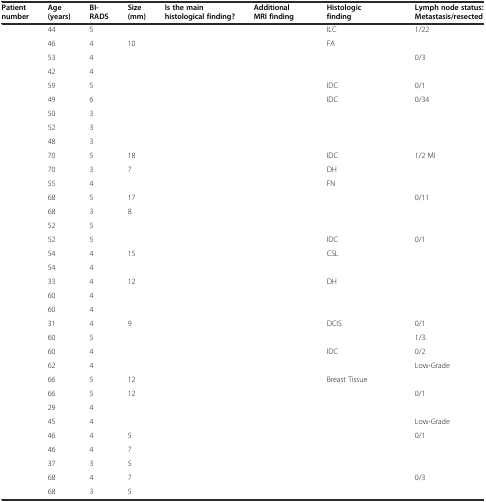
<table><thead><tr><td><b>Patient number</b></td><td><b>Age (years)</b></td><td><b>BI-RADS</b></td><td><b>Size (mm)</b></td><td><b>Is the main histological finding?</b></td><td><b>Additional MRI finding</b></td><td><b>Histologic finding</b></td><td><b>Lymph node status: Metastasis/resected</b></td></tr></thead><tbody><tr><td>[EMPTY_CELL]</td><td>44</td><td>5</td><td>[EMPTY_CELL]</td><td>[EMPTY_CELL]</td><td>[EMPTY_CELL]</td><td>ILC</td><td>1/22</td></tr><tr><td>[EMPTY_CELL]</td><td>46</td><td>4</td><td>10</td><td>[EMPTY_CELL]</td><td>[EMPTY_CELL]</td><td>FA</td><td>[EMPTY_CELL]</td></tr><tr><td>[EMPTY_CELL]</td><td>53</td><td>4</td><td>[EMPTY_CELL]</td><td>[EMPTY_CELL]</td><td>[EMPTY_CELL]</td><td>[EMPTY_CELL]</td><td>0/3</td></tr><tr><td>[EMPTY_CELL]</td><td>42</td><td>4</td><td>[EMPTY_CELL]</td><td>[EMPTY_CELL]</td><td>[EMPTY_CELL]</td><td>[EMPTY_CELL]</td><td>[EMPTY_CELL]</td></tr><tr><td>[EMPTY_CELL]</td><td>59</td><td>5</td><td>[EMPTY_CELL]</td><td>[EMPTY_CELL]</td><td>[EMPTY_CELL]</td><td>IDC</td><td>0/1</td></tr><tr><td>[EMPTY_CELL]</td><td>49</td><td>6</td><td>[EMPTY_CELL]</td><td>[EMPTY_CELL]</td><td>[EMPTY_CELL]</td><td>IDC</td><td>0/34</td></tr><tr><td>[EMPTY_CELL]</td><td>50</td><td>3</td><td>[EMPTY_CELL]</td><td>[EMPTY_CELL]</td><td>[EMPTY_CELL]</td><td>[EMPTY_CELL]</td><td>[EMPTY_CELL]</td></tr><tr><td>[EMPTY_CELL]</td><td>52</td><td>3</td><td>[EMPTY_CELL]</td><td>[EMPTY_CELL]</td><td>[EMPTY_CELL]</td><td>[EMPTY_CELL]</td><td>[EMPTY_CELL]</td></tr><tr><td>[EMPTY_CELL]</td><td>48</td><td>3</td><td>[EMPTY_CELL]</td><td>[EMPTY_CELL]</td><td>[EMPTY_CELL]</td><td>[EMPTY_CELL]</td><td>[EMPTY_CELL]</td></tr><tr><td>[EMPTY_CELL]</td><td>70</td><td>5</td><td>18</td><td>[EMPTY_CELL]</td><td>[EMPTY_CELL]</td><td>IDC</td><td>1/2 MI</td></tr><tr><td>[EMPTY_CELL]</td><td>70</td><td>3</td><td>7</td><td>[EMPTY_CELL]</td><td>[EMPTY_CELL]</td><td>DH</td><td>[EMPTY_CELL]</td></tr><tr><td>[EMPTY_CELL]</td><td>55</td><td>4</td><td>[EMPTY_CELL]</td><td>[EMPTY_CELL]</td><td>[EMPTY_CELL]</td><td>FN</td><td>[EMPTY_CELL]</td></tr><tr><td>[EMPTY_CELL]</td><td>68</td><td>5</td><td>17</td><td>[EMPTY_CELL]</td><td>[EMPTY_CELL]</td><td>[EMPTY_CELL]</td><td>0/11</td></tr><tr><td>[EMPTY_CELL]</td><td>68</td><td>3</td><td>8</td><td>[EMPTY_CELL]</td><td>[EMPTY_CELL]</td><td>[EMPTY_CELL]</td><td>[EMPTY_CELL]</td></tr><tr><td>[EMPTY_CELL]</td><td>52</td><td>5</td><td>[EMPTY_CELL]</td><td>[EMPTY_CELL]</td><td>[EMPTY_CELL]</td><td>[EMPTY_CELL]</td><td>[EMPTY_CELL]</td></tr><tr><td>[EMPTY_CELL]</td><td>52</td><td>5</td><td>[EMPTY_CELL]</td><td>[EMPTY_CELL]</td><td>[EMPTY_CELL]</td><td>IDC</td><td>0/1</td></tr><tr><td>[EMPTY_CELL]</td><td>54</td><td>4</td><td>15</td><td>[EMPTY_CELL]</td><td>[EMPTY_CELL]</td><td>CSL</td><td>[EMPTY_CELL]</td></tr><tr><td>[EMPTY_CELL]</td><td>54</td><td>4</td><td>[EMPTY_CELL]</td><td>[EMPTY_CELL]</td><td>[EMPTY_CELL]</td><td>[EMPTY_CELL]</td><td>[EMPTY_CELL]</td></tr><tr><td>[EMPTY_CELL]</td><td>33</td><td>4</td><td>12</td><td>[EMPTY_CELL]</td><td>[EMPTY_CELL]</td><td>DH</td><td>[EMPTY_CELL]</td></tr><tr><td>[EMPTY_CELL]</td><td>60</td><td>4</td><td>[EMPTY_CELL]</td><td>[EMPTY_CELL]</td><td>[EMPTY_CELL]</td><td>[EMPTY_CELL]</td><td>[EMPTY_CELL]</td></tr><tr><td>[EMPTY_CELL]</td><td>60</td><td>4</td><td>[EMPTY_CELL]</td><td>[EMPTY_CELL]</td><td>[EMPTY_CELL]</td><td>[EMPTY_CELL]</td><td>[EMPTY_CELL]</td></tr><tr><td>[EMPTY_CELL]</td><td>31</td><td>4</td><td>9</td><td>[EMPTY_CELL]</td><td>[EMPTY_CELL]</td><td>DCIS</td><td>0/1</td></tr><tr><td>[EMPTY_CELL]</td><td>60</td><td>5</td><td>[EMPTY_CELL]</td><td>[EMPTY_CELL]</td><td>[EMPTY_CELL]</td><td>[EMPTY_CELL]</td><td>1/3.</td></tr><tr><td>[EMPTY_CELL]</td><td>60</td><td>4</td><td>[EMPTY_CELL]</td><td>[EMPTY_CELL]</td><td>[EMPTY_CELL]</td><td>IDC</td><td>0/2</td></tr><tr><td>[EMPTY_CELL]</td><td>62</td><td>4</td><td>[EMPTY_CELL]</td><td>[EMPTY_CELL]</td><td>[EMPTY_CELL]</td><td>[EMPTY_CELL]</td><td>Low-Grade</td></tr><tr><td>[EMPTY_CELL]</td><td>66</td><td>5</td><td>12</td><td>[EMPTY_CELL]</td><td>[EMPTY_CELL]</td><td>Breast Tissue</td><td>[EMPTY_CELL]</td></tr><tr><td>[EMPTY_CELL]</td><td>66</td><td>5</td><td>12</td><td>[EMPTY_CELL]</td><td>[EMPTY_CELL]</td><td>[EMPTY_CELL]</td><td>0/1</td></tr><tr><td>[EMPTY_CELL]</td><td>29</td><td>4</td><td>[EMPTY_CELL]</td><td>[EMPTY_CELL]</td><td>[EMPTY_CELL]</td><td>[EMPTY_CELL]</td><td>[EMPTY_CELL]</td></tr><tr><td>[EMPTY_CELL]</td><td>45</td><td>4</td><td>[EMPTY_CELL]</td><td>[EMPTY_CELL]</td><td>[EMPTY_CELL]</td><td>[EMPTY_CELL]</td><td>Low-Grade</td></tr><tr><td>[EMPTY_CELL]</td><td>46</td><td>4</td><td>5</td><td>[EMPTY_CELL]</td><td>[EMPTY_CELL]</td><td>[EMPTY_CELL]</td><td>0/1</td></tr><tr><td>[EMPTY_CELL]</td><td>46</td><td>4</td><td>7</td><td>[EMPTY_CELL]</td><td>[EMPTY_CELL]</td><td>[EMPTY_CELL]</td><td>[EMPTY_CELL]</td></tr><tr><td>[EMPTY_CELL]</td><td>37</td><td>3</td><td>5</td><td>[EMPTY_CELL]</td><td>[EMPTY_CELL]</td><td>[EMPTY_CELL]</td><td>[EMPTY_CELL]</td></tr><tr><td>[EMPTY_CELL]</td><td>68</td><td>4</td><td>7</td><td>[EMPTY_CELL]</td><td>[EMPTY_CELL]</td><td>[EMPTY_CELL]</td><td>0/3</td></tr><tr><td>[EMPTY_CELL]</td><td>68</td><td>3</td><td>5</td><td>[EMPTY_CELL]</td><td>[EMPTY_CELL]</td><td>[EMPTY_CELL]</td><td>[EMPTY_CELL]</td></tr></tbody></table>